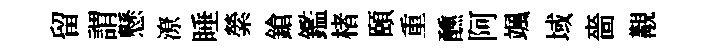
留謂懸潦睡縈鎗鑑楮頤重醺阿颯域嗇覯